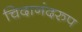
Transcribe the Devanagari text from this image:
चिदानंदरुप